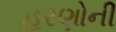
હરણોની